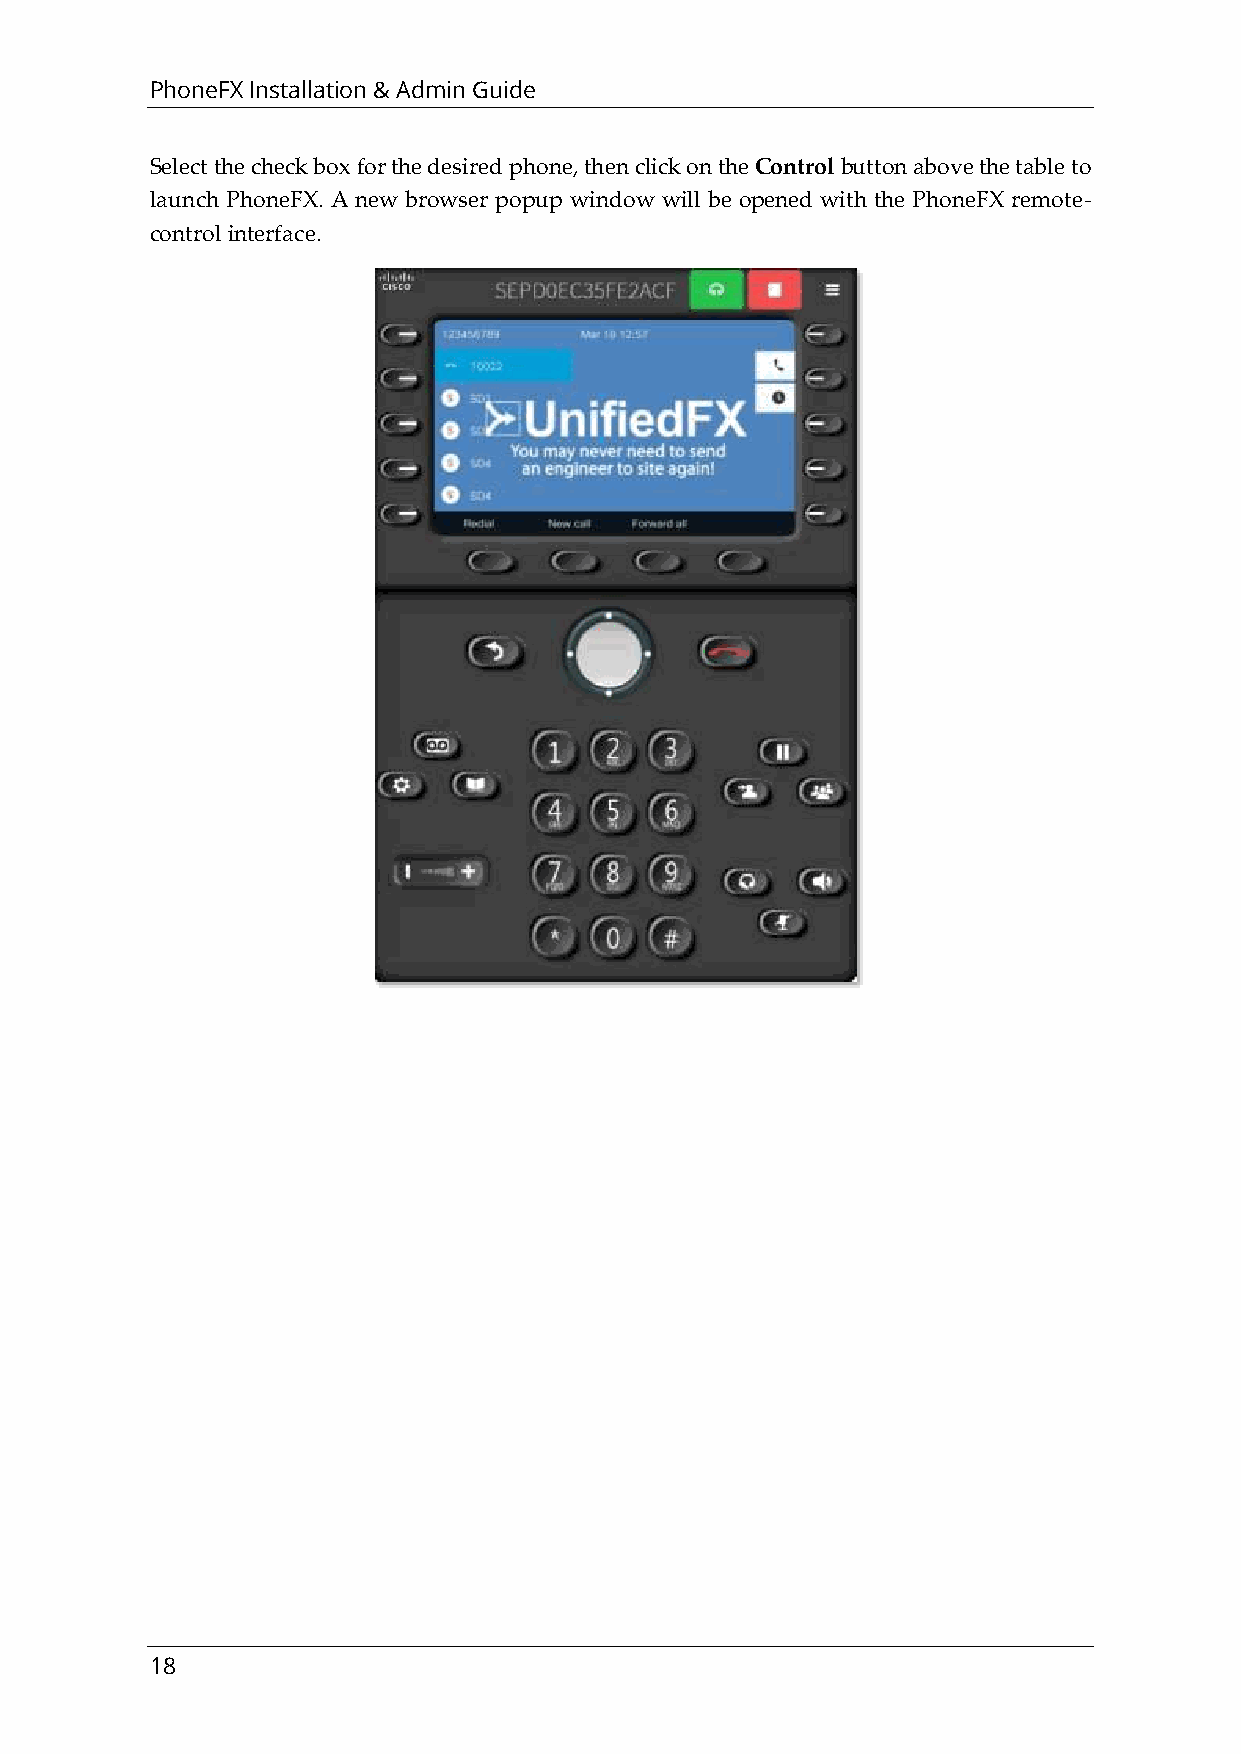
PhoneFX Installation & Admin Guide
 Select the check box for the desired phone, then click on the Control button above the table to
 launch PhoneFX. A new browser popup window will be opened with the PhoneFX remote-
 control interface.
 18